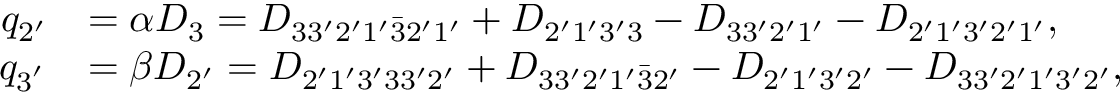
\begin{array} { r l } { q _ { 2 ^ { \prime } } } & { = \alpha D _ { 3 } = { D _ { 3 3 ^ { \prime } 2 ^ { \prime } 1 ^ { \prime } \bar { 3 } 2 ^ { \prime } 1 ^ { \prime } } } + { D _ { 2 ^ { \prime } 1 ^ { \prime } 3 ^ { \prime } \mathrm { { 3 } } } } - { D _ { 3 3 ^ { \prime } 2 ^ { \prime } 1 ^ { \prime } } } - { D _ { 2 ^ { \prime } 1 ^ { \prime } 3 ^ { \prime } 2 ^ { \prime } 1 ^ { \prime } } } , } \\ { q _ { 3 ^ { ' } } } & { = \beta D _ { 2 ^ { \prime } } = { D _ { 2 ^ { \prime } 1 ^ { \prime } 3 ^ { \prime } 3 3 ^ { \prime } { \mathrm { 2 ^ { \prime } } } } } + { D _ { 3 3 ^ { \prime } 2 ^ { \prime } 1 ^ { \prime } \bar { 3 } \mathrm { { 2 ^ { \prime } } } } } - { D _ { 2 ^ { \prime } 1 ^ { \prime } 3 ^ { \prime } { \mathrm { 2 ^ { \prime } } } } } - { D _ { 3 3 ^ { \prime } 2 ^ { \prime } 1 ^ { \prime } 3 ^ { \prime } \mathrm { { 2 ^ { \prime } } } } } , } \end{array}